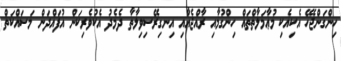
ހިންގަންޖެހޭ އެކިއެކި މުޢާމަލާތްތައް ހިންގުމާއި ރާއްޖެއާއި އިނގިރޭސިވިލާތާ ދެމެދު އެކުވެރިކަން އުފައްދަން މަސައްކަތް